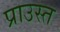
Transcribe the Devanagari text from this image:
प्राउस्त